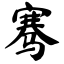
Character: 骞